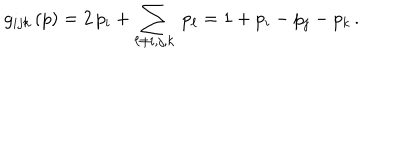
g _ { i j k } \, ( p ) = 2 \, p _ { i } + \sum _ { \ell \ne i , j , k } \ p _ { \ell } = 1 + p _ { i } - p _ { j } - p _ { k } \, .